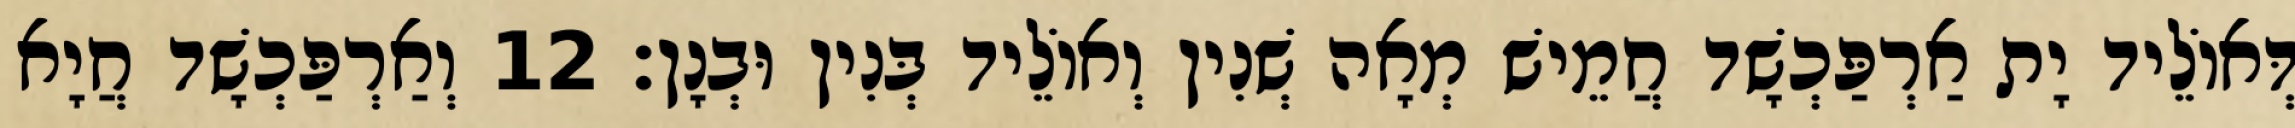
דְּאוֹלֵיד יָת אַרְפַּכְשָׁד חֲמֵישׁ מְאָה שְׁנִין וְאוֹלֵיד בְּנִין וּבְנָן׃ 12 וְאַרְפַּכְשָׁד חֲיָא